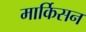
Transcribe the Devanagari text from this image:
मार्किसन